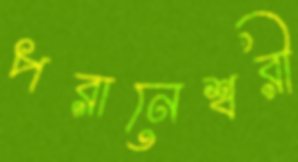
পরানেশ্বরী